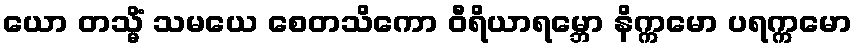
ယော တသ္မိံ သမယေ စေတသိကော ဝီရိယာရမ္ဘော နိက္ကမော ပရက္ကမော